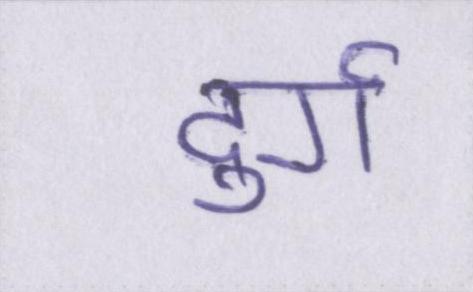
दुर्ग